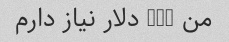
من 300 دلار نیاز دارم